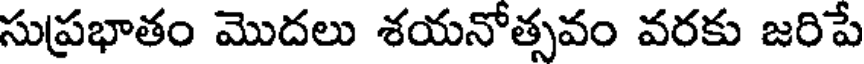
సుప్రభాతం మొదలు శయనోత్సవం వరకు జరిపే